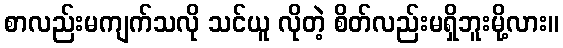
စာလည်းမကျက်သလို သင်ယူ လိုတဲ့ စိတ်လည်းမရှိဘူးမို့လား။